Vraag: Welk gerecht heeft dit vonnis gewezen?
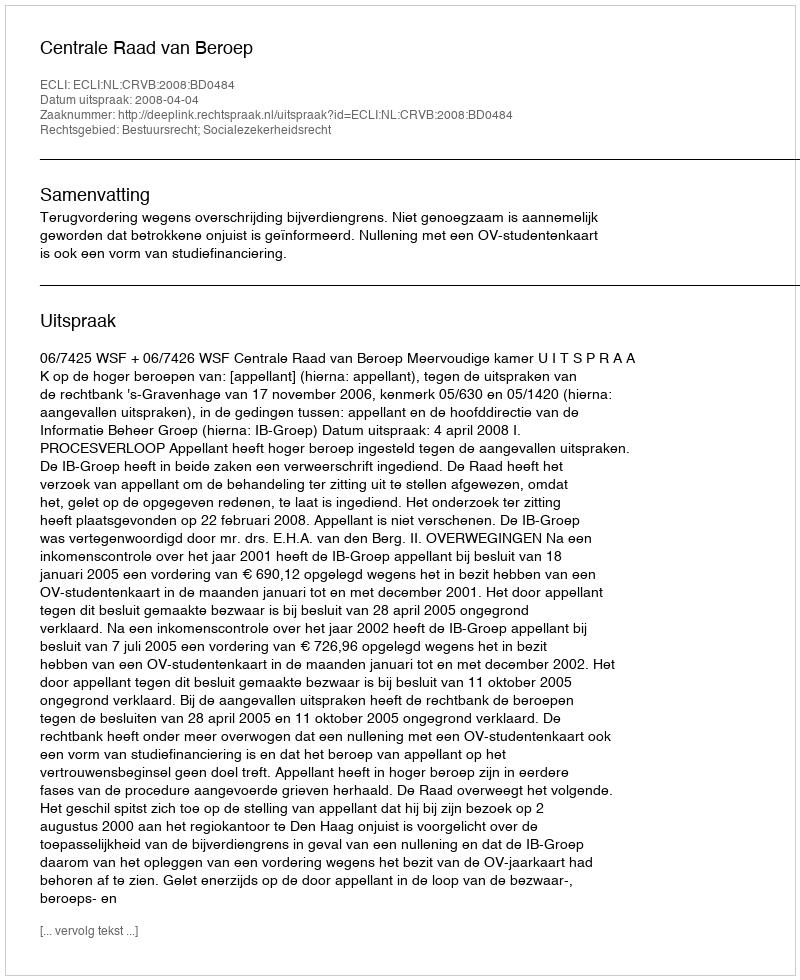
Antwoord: Centrale Raad van Beroep